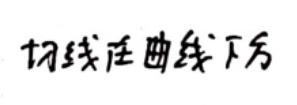
切线在曲线下方